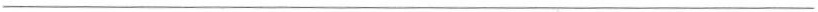
___